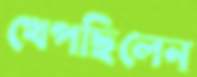
খেপছিলেন